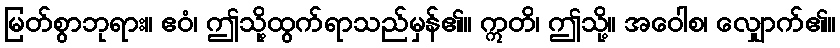
မြတ်စွာဘုရား။ ဧဝံ၊ ဤသို့ထွက်ရာသည်မှန်၏။ ဣတိ၊ ဤသို့။ အဝေါစ၊ လျှောက်၏။